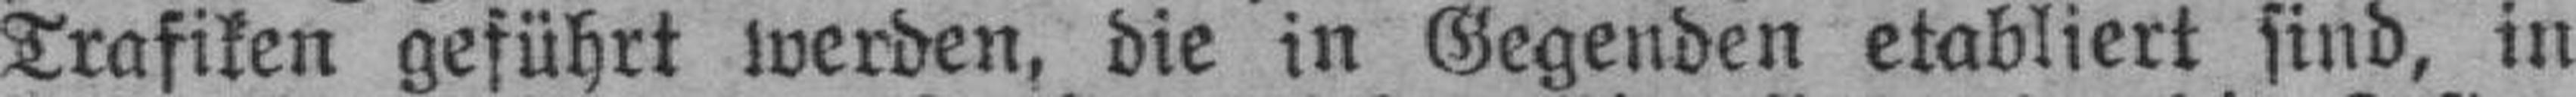
Trafiken geführt werden, die in Gegenden etabliert sind, in